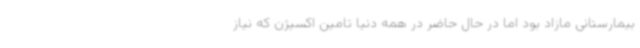
بیمارستانی مازاد بود اما در حال حاضر در همه دنیا تامین اکسیژن که نیاز